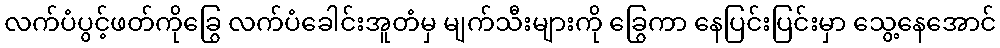
လက်ပံပွင့်ဖတ်ကိုခြွေ လက်ပံခေါင်းအူတံမှ မျက်သီးများကို ခြွေကာ နေပြင်းပြင်းမှာ သွေ့နေအောင်